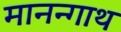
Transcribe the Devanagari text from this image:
मानन्गाथ